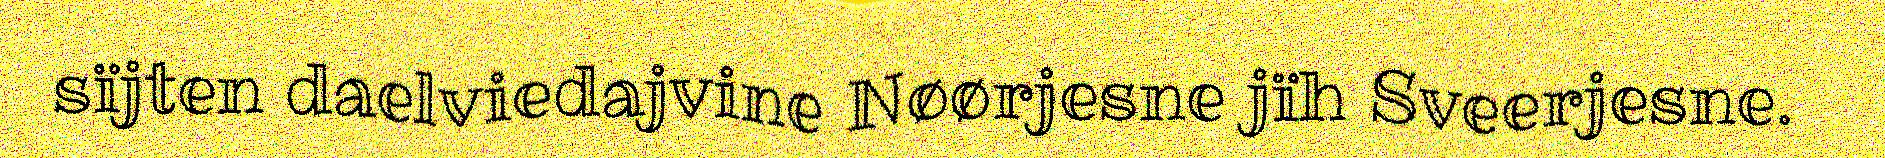
sïjten daelviedajvine Nøørjesne jïh Sveerjesne.